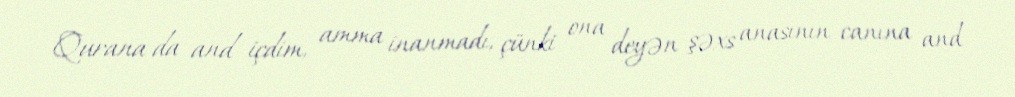
Qurana da and içdim, amma inanmadı, çünki ona deyən şəxs anasının canına and